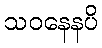
သဝနေနပိ